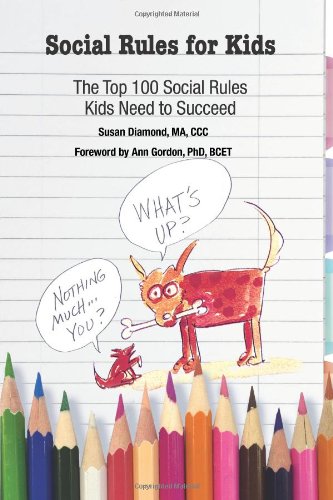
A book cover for * Social Rules for Kids-The Top 100 Social Rules Kids Need to Succeed; Susan Diamond M.A.; Education & Teaching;